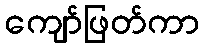
ကျော်ဖြတ်ကာ